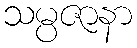
သမ္ပဇာနာ